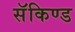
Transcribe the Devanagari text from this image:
सॅकिण्ड